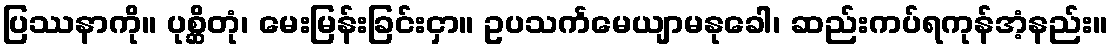
ပြဿနာကို။ ပုစ္ဆိတုံ၊ မေးမြန်းခြင်းငှာ။ ဥပသင်္ကမေယျာမနုခေါ၊ ဆည်းကပ်ရကုန်အံ့နည်း။